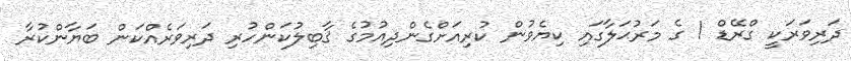
ދަރިވަރަކީ ގްރޭޑް 1 ގެ މަރުޙަލާގައި ކިޔެވުން ކުރިއަށްގެންދިއުމުގެ ޤާބިލުކަންހުރި ދަރިވަރެއްކަން ބަޔާންކުރާ